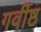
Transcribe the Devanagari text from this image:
गर्वीष्ठ